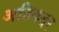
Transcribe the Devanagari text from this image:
अठिकतर